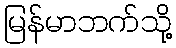
မြန်မာဘက်သို့